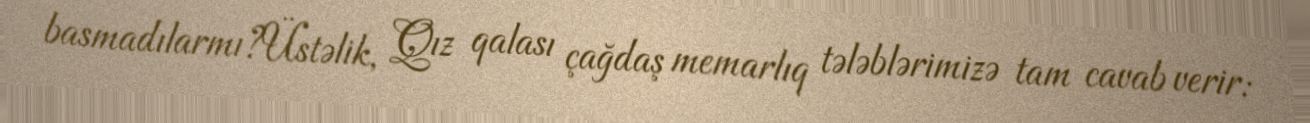
basmadılarmı?Üstəlik, Qız qalası çağdaş memarlıq tələblərimizə tam cavab verir: